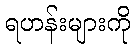
ရဟန်းများကို